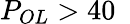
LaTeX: P_{OL}>40~\